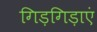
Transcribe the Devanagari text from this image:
गिड़गिड़ाएं